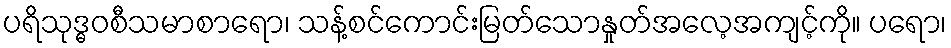
ပရိသုဒ္ဓဝစီသမာစာရော၊ သန့်စင်ကောင်းမြတ်သောနှုတ်အလေ့အကျင့်ကို။ ပရော၊